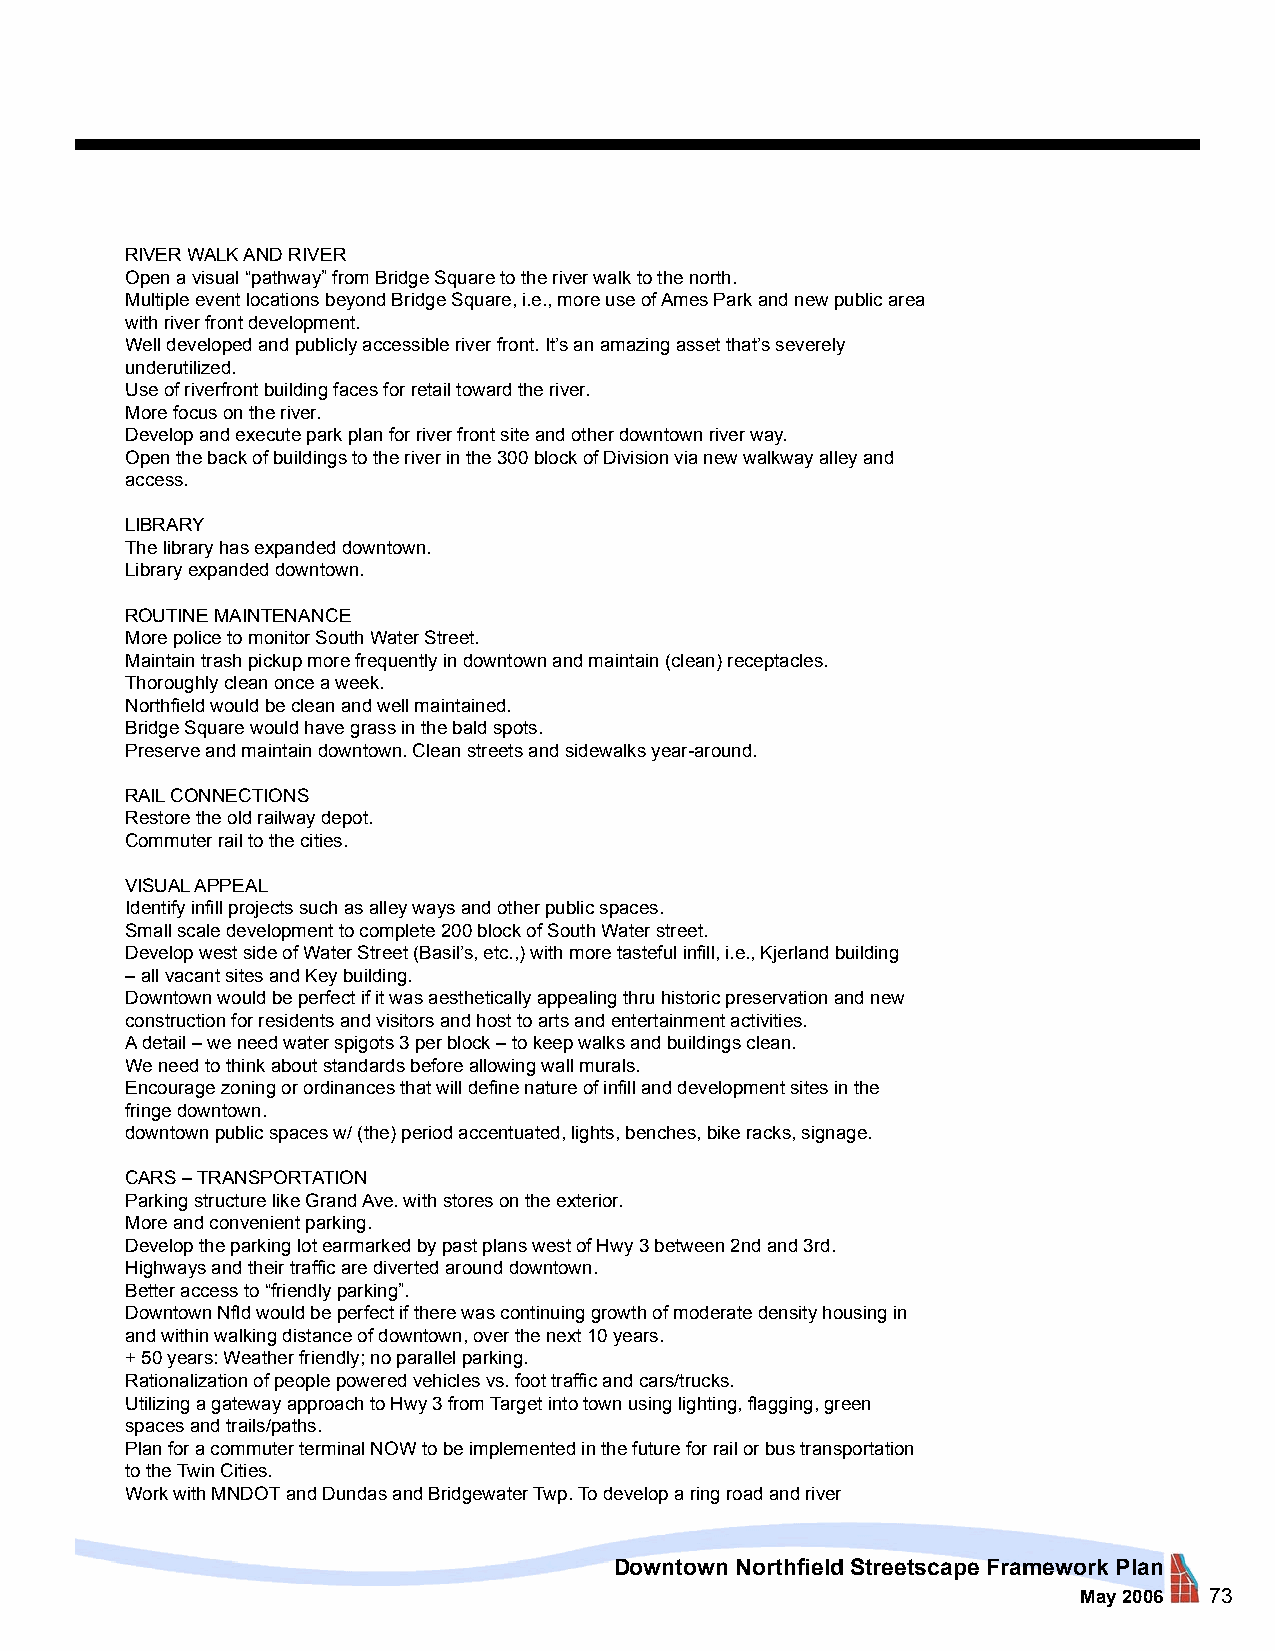
RIVER WALK AND RIVER
 Open a visual “pathway” from Bridge Square to the river walk to the north.
 Multiple event locations beyond Bridge Square, i.e., more use of Ames Park and new public area
 with river front development.
 Well developed and publicly accessible river front. It’s an amazing asset that’s severely
 underutilized.
 Use of riverfront building faces for retail toward the river.
 More focus on the river.
 Develop and execute park plan for river front site and other downtown river way.
 Open the back of buildings to the river in the 300 block of Division via new walkway alley and
 access.
 LIBRARY
 The library has expanded downtown.
 Library expanded downtown.
 ROUTINE MAINTENANCE
 More police to monitor South Water Street.
 Maintain trash pickup more frequently in downtown and maintain (clean) receptacles.
 Thoroughly clean once a week.
 Northfield would be clean and well maintained.
 Bridge Square would have grass in the bald spots.
 Preserve and maintain downtown. Clean streets and sidewalks year-around.
 RAIL CONNECTIONS
 Restore the old railway depot.
 Commuter rail to the cities.
 VISUAL APPEAL
 Identify infill projects such as alley ways and other public spaces.
 Small scale development to complete 200 block of South Water street.
 Develop west side of Water Street (Basil’s, etc.,) with more tasteful infill, i.e., Kjerland building
 – all vacant sites and Key building.
 Downtown would be perfect if it was aesthetically appealing thru historic preservation and new
 construction for residents and visitors and host to arts and entertainment activities.
 A detail – we need water spigots 3 per block – to keep walks and buildings clean.
 We need to think about standards before allowing wall murals.
 Encourage zoning or ordinances that will define nature of infill and development sites in the
 fringe downtown.
 downtown public spaces w/ (the) period accentuated, lights, benches, bike racks, signage.
 CARS – TRANSPORTATION
 Parking structure like Grand Ave. with stores on the exterior.
 More and convenient parking.
 Develop the parking lot earmarked by past plans west of Hwy 3 between 2nd and 3rd.
 Highways and their traffic are diverted around downtown.
 Better access to “friendly parking”.
 Downtown Nfld would be perfect if there was continuing growth of moderate density housing in
 and within walking distance of downtown, over the next 10 years.
 + 50 years: Weather friendly; no parallel parking.
 Rationalization of people powered vehicles vs. foot traffic and cars/trucks.
 Utilizing a gateway approach to Hwy 3 from Target into town using lighting, flagging, green
 spaces and trails/paths.
 Plan for a commuter terminal NOW to be implemented in the future for rail or bus transportation
 to the Twin Cities.
 Work with MNDOT and Dundas and Bridgewater Twp. To develop a ring road and river
 Downtown Northfield Streetscape Framework Plan
 May 2006 73